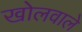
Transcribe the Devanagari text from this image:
खोलवाले